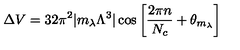
\Delta V = 3 2 \pi ^ { 2 } | m _ { \lambda } \Lambda ^ { 3 } | \cos \left[ { \frac { 2 \pi n } { N _ { c } } } + \theta _ { m _ { \lambda } } \right]